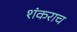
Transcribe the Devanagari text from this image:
शंकराच